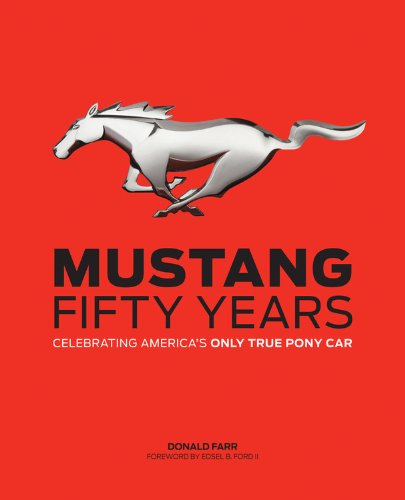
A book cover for Mustang: Fifty Years: Celebrating America's Only True Pony Car; Donald Farr; Engineering & Transportation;